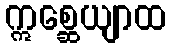
ဣစ္ဆေယျာထ